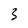
Character: 3